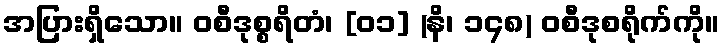
အပြားရှိသော။ ဝစီဒုစ္စရိတံ၊ [၀၁] (နိ၊ ၁၄၈) ဝစီဒုစရိုက်ကို။